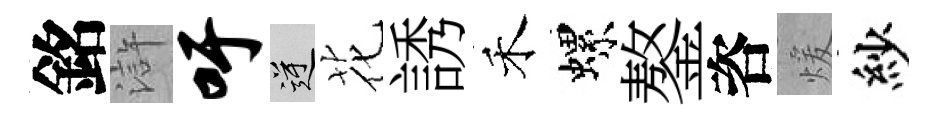
銘滸吁逆花誘禾螺鏊咨煖紗